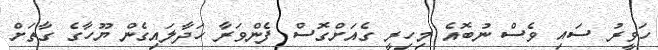
ހަވީރު ސައި ވެސް ނުބޮއެ މިހިރީ ގެއަށްގޮސް ފެންވަރާ ހަދާލައިގެން ޔޫހާގެ ގާތަށް